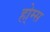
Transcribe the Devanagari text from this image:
हो्म्स